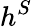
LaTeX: h^{S}